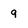
Character: 9